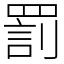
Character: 罰